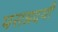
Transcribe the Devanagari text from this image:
पराग्नदगी